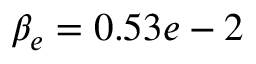
\beta _ { e } = 0 . 5 3 e - 2